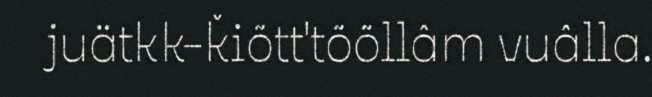
juätkk-ǩiõtt'tõõllâm vuâlla.